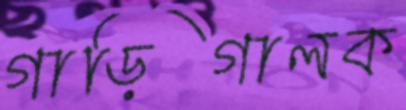
গাড়িগালক